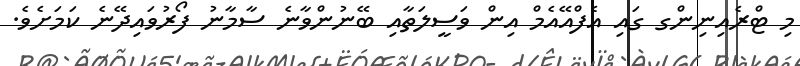
މި ޓްރެއިނިންގ ގައި އެފްއޭއެމް އިން ވަސީލަތާއި ބޭނުންވާނެ ސާމާނު ފޯރުވައިދޭނެ ކަމަށެވެ.